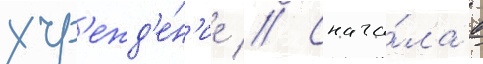
учр'ежд'е́н'ие // Снача́ла в